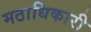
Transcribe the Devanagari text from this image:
मठाधिकारी